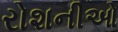
રોશનીઓ